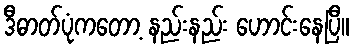
ဒီဓာတ်ပုံကတော့ နည်းနည်း ဟောင်းနေပြီ။